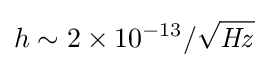
h\sim {2\times 10^{-13}/{\sqrt {\mathit {Hz}}}}